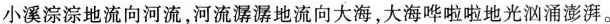
小溪淙淙地流向河流，河流潺潺地流向大海，大海哗啦啦地光汹涌澎湃。